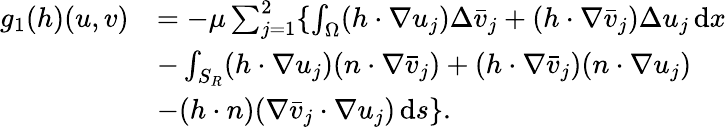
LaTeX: \begin{array}{rl}{g_{1}(h)(u,v)}&{=-\mu\sum_{j=1}^{2}\{ \int_{\Omega}(h\cdot\nabla u_{j})\Delta\bar{v}_{j}+(h\cdot\nabla\bar{v}_{j})\Delta{u}_{j}\, \mathrm{d}x}\\ &{-\int_{S_{R}}(h\cdot\nabla u_{j})(n\cdot\nabla\bar{v}_{j})+(h\cdot\nabla\bar{v}_{j})(n\cdot\nabla{u}_{j})}\\ &{-(h\cdot n)(\nabla\bar{v}_{j}\cdot\nabla u_{j})\, \mathrm{d}s\} .}\end{array}